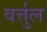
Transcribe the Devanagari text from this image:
वर्त्तुल